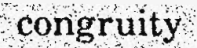
congruity